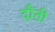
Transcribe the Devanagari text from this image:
दौती